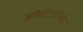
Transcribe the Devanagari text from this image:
ऑपरेटरोंऔर